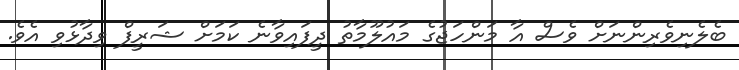
ބެލެނިވެރިންނަށް ވެސް އާ މަންހަޖުގެ މައުލޫމާތު ދީފައިވާނެ ކަމަށް ޝަރީފް ވިދާޅުވި އެވެ.